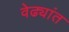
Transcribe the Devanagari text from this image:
वेढ्यांत